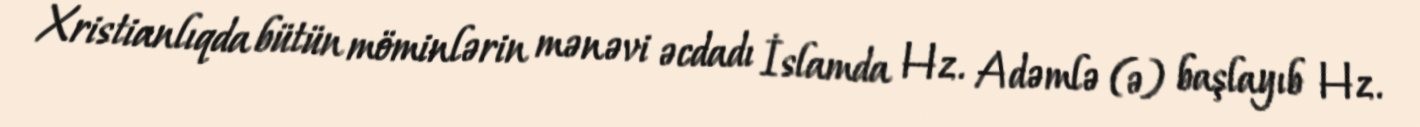
Xristianlıqda bütün möminlərin mənəvi əcdadı İslamda Hz. Adəmlə (ə) başlayıb Hz.